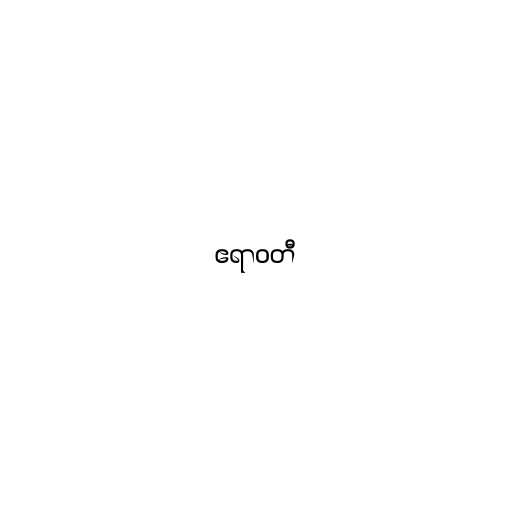
ဧရာဝတီ